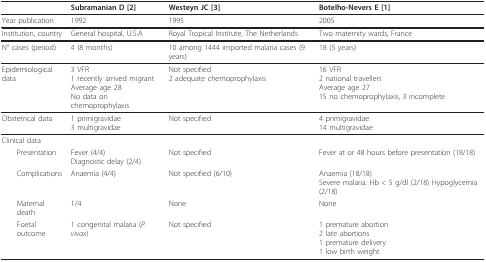
<table><thead><tr><td></td><td><b>Subramanian D [2]</b></td><td><b>Westeyn JC [3]</b></td><td><b>Botelho-Nevers E [1]</b></td></tr></thead><tbody><tr><td>Year publication</td><td>1992</td><td>1995</td><td>2005</td></tr><tr><td>Institution, country</td><td>General hospital, U.S.A</td><td>Royal Tropical Institute, The Netherlands</td><td>Two maternity wards, France</td></tr><tr><td>N° cases (period)</td><td>4 (8 months)</td><td>10 among 1444 imported malaria cases (9 years)</td><td>18 (5 years)</td></tr><tr><td>Epidemiological data</td><td>3 VFR1 recently arrived migrantAverage age 28No data on chemoprophylaxis</td><td>Not specified2 adequate chemoprophylaxis</td><td>16 VFR2 national travellersAverage age 2715 no chemoprophylaxis, 3 incomplete</td></tr><tr><td>Obstetrical data</td><td>1 primigravidae3 multigravidae</td><td>Not specified</td><td>4 primigravidae14 multigravidae</td></tr><tr><td>Clinical data</td><td></td><td></td><td></td></tr><tr><td> Presentation</td><td>Fever (4/4)Diagnostic delay (2/4)</td><td>Not specified</td><td>Fever at or 48 hours before presentation (18/18)</td></tr><tr><td> Complications</td><td>Anaemia (4/4)</td><td>Not specified (6/10)</td><td>Anaemia (18/18)Severe malaria: Hb &lt; 5 g/dl (2/18) Hypoglycemia (2/18)</td></tr><tr><td> Maternal death</td><td>1/4</td><td>None</td><td>None</td></tr><tr><td> Foetal outcome</td><td>1 congenital malaria (<i>P.vivax</i>)</td><td>Not specified</td><td>1 premature abortion2 late abortions1 premature delivery1 low birth weight</td></tr></tbody></table>